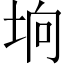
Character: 垧